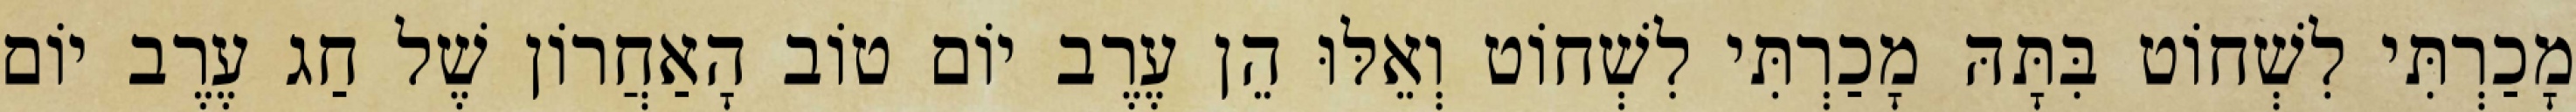
מָכַרְתִּי לִשְׁחוֹט בִּתָּהּ מָכַרְתִּי לִשְׁחוֹט וְאֵלּוּ הֵן עֶרֶב יוֹם טוֹב הָאַחֲרוֹן שֶׁל חַג עֶרֶב יוֹם